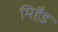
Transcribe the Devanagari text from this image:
मिहैड